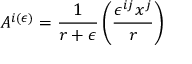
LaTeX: A ^ { i ( \epsilon ) } = \frac { 1 } { r + \epsilon } \left( \frac { \epsilon ^ { i j } x ^ { j } } { r } \right)